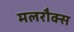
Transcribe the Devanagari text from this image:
मलरौक्स